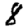
Digit: 8